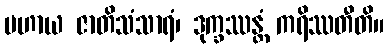
ပဟာယ ဇာတိသံသာရံ၊ ဒုက္ခဿန္တံ ကရိဿတီတိ။